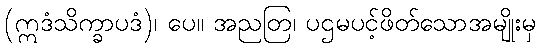
(ဣဒံသိက္ခာပဒံ)၊ ပေ။ အညတြ၊ ပဌမပင့်ဖိတ်သောအမျိုးမှ